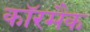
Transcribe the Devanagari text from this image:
कॉरमैक